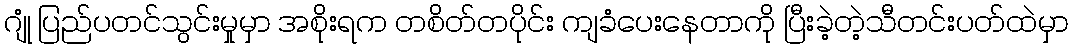
ဂျုံ ပြည်ပတင်သွင်းမှုမှာ အစိုးရက တစိတ်တပိုင်း ကျခံပေးနေတာကို ပြီးခဲ့တဲ့သီတင်းပတ်ထဲမှာ